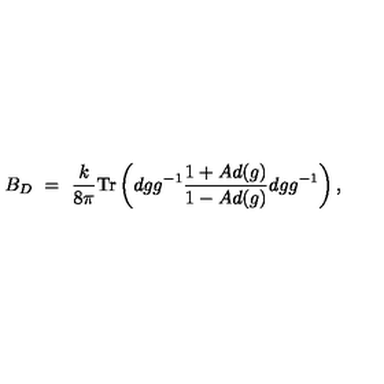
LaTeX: B _ { D } \ = \ \frac { k } { 8 \pi } \mathrm { T r } \left( d g g ^ { - 1 } \frac { 1 + A d ( g ) } { 1 - A d ( g ) } d g g ^ { - 1 } \right) ,